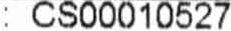
: CS00010527